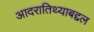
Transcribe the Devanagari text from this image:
आदरातिथ्याबद्दल